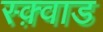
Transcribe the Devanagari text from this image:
स्क़्वाड